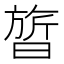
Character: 𬁩